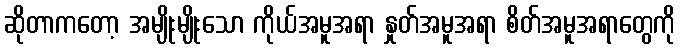
ဆိုတာကတော့ အမျိုးမျိုးသော ကိုယ်အမူအရာ နှုတ်အမူအရာ စိတ်အမူအရာတွေကို